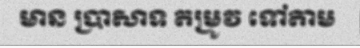
មាន ប្រាសាទ តម្រូវ ទៅតាម